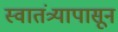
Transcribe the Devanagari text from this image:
स्वातंत्र्यापासून